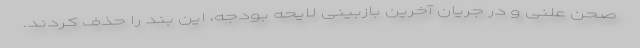
صحن علنی و در جریان آخرین بازبینی لایحه بودجه، این بند را حذف کردند.